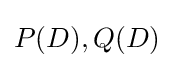
P(D),Q(D)